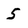
Character: 5